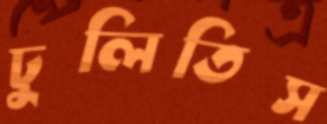
ঢুলিতিস